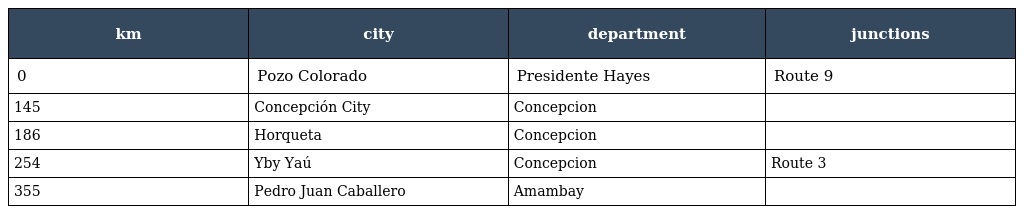
| km | city | department | junctions |
 | --- | --- | --- | --- |
 | 0 | Pozo Colorado | Presidente Hayes | Route 9 |
 | 145 | Concepción City | Concepcion |  |
 | 186 | Horqueta | Concepcion |  |
 | 254 | Yby Yaú | Concepcion | Route 3 |
 | 355 | Pedro Juan Caballero | Amambay |  |